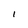
Character: 1